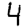
Digit: 4